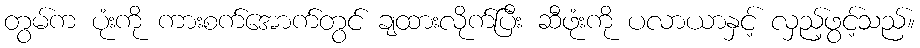
တွမ်က ပုံးကို ကားစက်အောက်တွင် ချထားလိုက်ပြီး ဆီဖုံးကို ပလာယာနှင့် လှည့်ဖွင့်သည်။